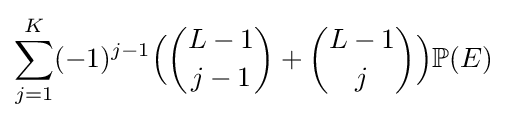
\sum _{j=1}^{K}(-1)^{j-1}{\Big (}{L-1 \choose j-1}+{L-1 \choose j}{\Big )}\mathbb {P} (E)